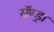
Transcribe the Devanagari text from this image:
सॅण्ड्रा